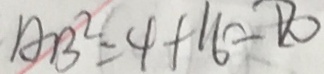
A B ^ { 2 } = 4 + 1 6 = D 0